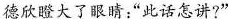
德欣瞪大了眼睛:“此话怎讲?”